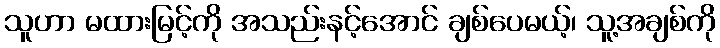
သူဟာ မထားမြင့်ကို အသည်းနင့်အောင် ချစ်ပေမယ့်၊ သူ့အချစ်ကို